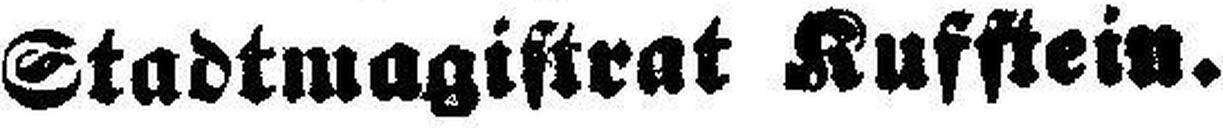
Stadtmagistrat Kufstein.